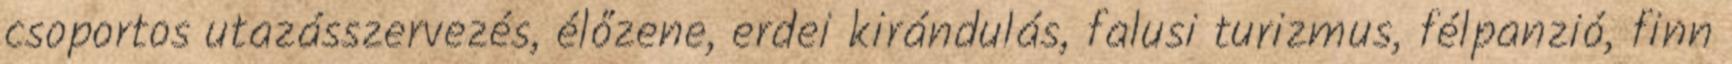
csoportos utazásszervezés, élőzene, erdei kirándulás, falusi turizmus, félpanzió, finn